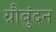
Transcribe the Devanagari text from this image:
ग्रौबुंदन